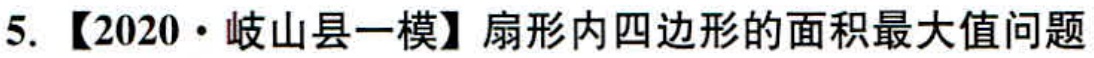
5. 【2020·岐山县一模】扇形内四边形的面积最大值问题